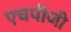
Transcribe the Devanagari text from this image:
एचपीजी